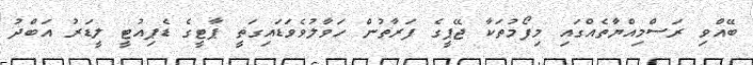
ބޭއްވި ރަސްމިއްޔާތެއްގައި މިފޯމުތަކާ ޖޭޕީގެ ފަރާތުން ހަވާލުވެވަޑައިގަތީ ޕާޓީގެ ޑެޕިއުޓީ ލީޑަރު އަބްދު